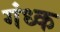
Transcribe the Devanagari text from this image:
गंध्क